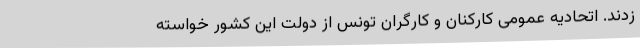
زدند. اتحادیه عمومی کارکنان و کارگران تونس از دولت این کشور خواسته